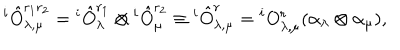
{ } ^ { i } \hat { O } _ { \lambda , \mu } ^ { r _ { 1 } r _ { 2 } } = { } ^ { i } \hat { O } _ { \lambda } ^ { r _ { 1 } } \otimes { } ^ { i } \hat { O } _ { \mu } ^ { r _ { 2 } } \equiv { } ^ { i } \hat { O } _ { \lambda , \mu } ^ { r } = { } ^ { i } O _ { \lambda , \mu } ^ { r } ( \alpha _ { \lambda } \otimes \alpha _ { \mu } ) ,